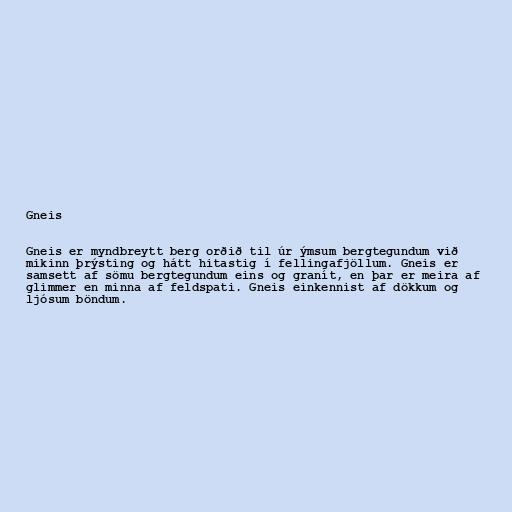
Gneis

Gneis er myndbreytt berg orðið til úr ýmsum bergtegundum við
mikinn þrýsting og hátt hitastig í fellingafjöllum. Gneis er
samsett af sömu bergtegundum eins og granít, en þar er meira af
glimmer en minna af feldspati. Gneis einkennist af dökkum og
ljósum böndum.